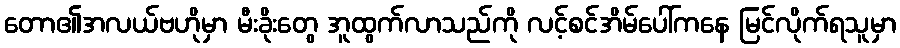
တော၏အလယ်ဗဟိုမှာ မီးခိုးတွေ အူထွက်လာသည်ကို လင့်စင်အိမ်ပေါ်ကနေ မြင်လိုက်ရသူမှာ